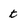
Character: t